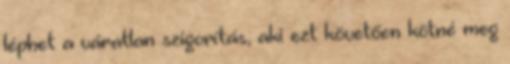
léphet a váratlan szigorítás, aki ezt követően kötné meg